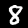
Label: 8